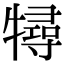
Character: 𤛧